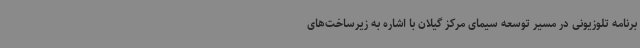
برنامه تلوزیونی در مسیر توسعه سیمای مرکز گیلان با اشاره به زیرساخت‌های